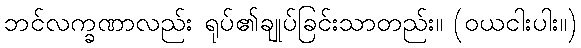
ဘင်လက္ခဏာလည်း ရုပ်၏ချုပ်ခြင်းသာတည်း။ (ဝယငါးပါး။)